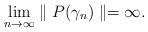
LaTeX: \begin{align*}\lim_{n\rightarrow\infty}\parallel P(\gamma_{n})\parallel=\infty.\end{align*}